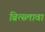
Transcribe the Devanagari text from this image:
ब्रित्स्लावा